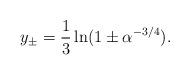
LaTeX: \begin{align*}y_{\pm} = \frac{1}{3}\ln(1\pm\alpha^{-3/4}). \end{align*}